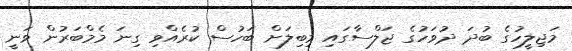
މަޖިލީހުގެ ބުދަ ދުވަހުގެ ޖަލްސާގައި މިބިލަށް ބަހުސް ކުރެއްވި ގިނަ މެމްބަރުން ވަނީ